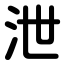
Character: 泄